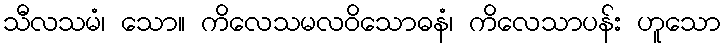
သီလသမံ၊ သော။ ကိလေသမလဝိသောဓနံ၊ ကိလေသာပန်း ဟူသော